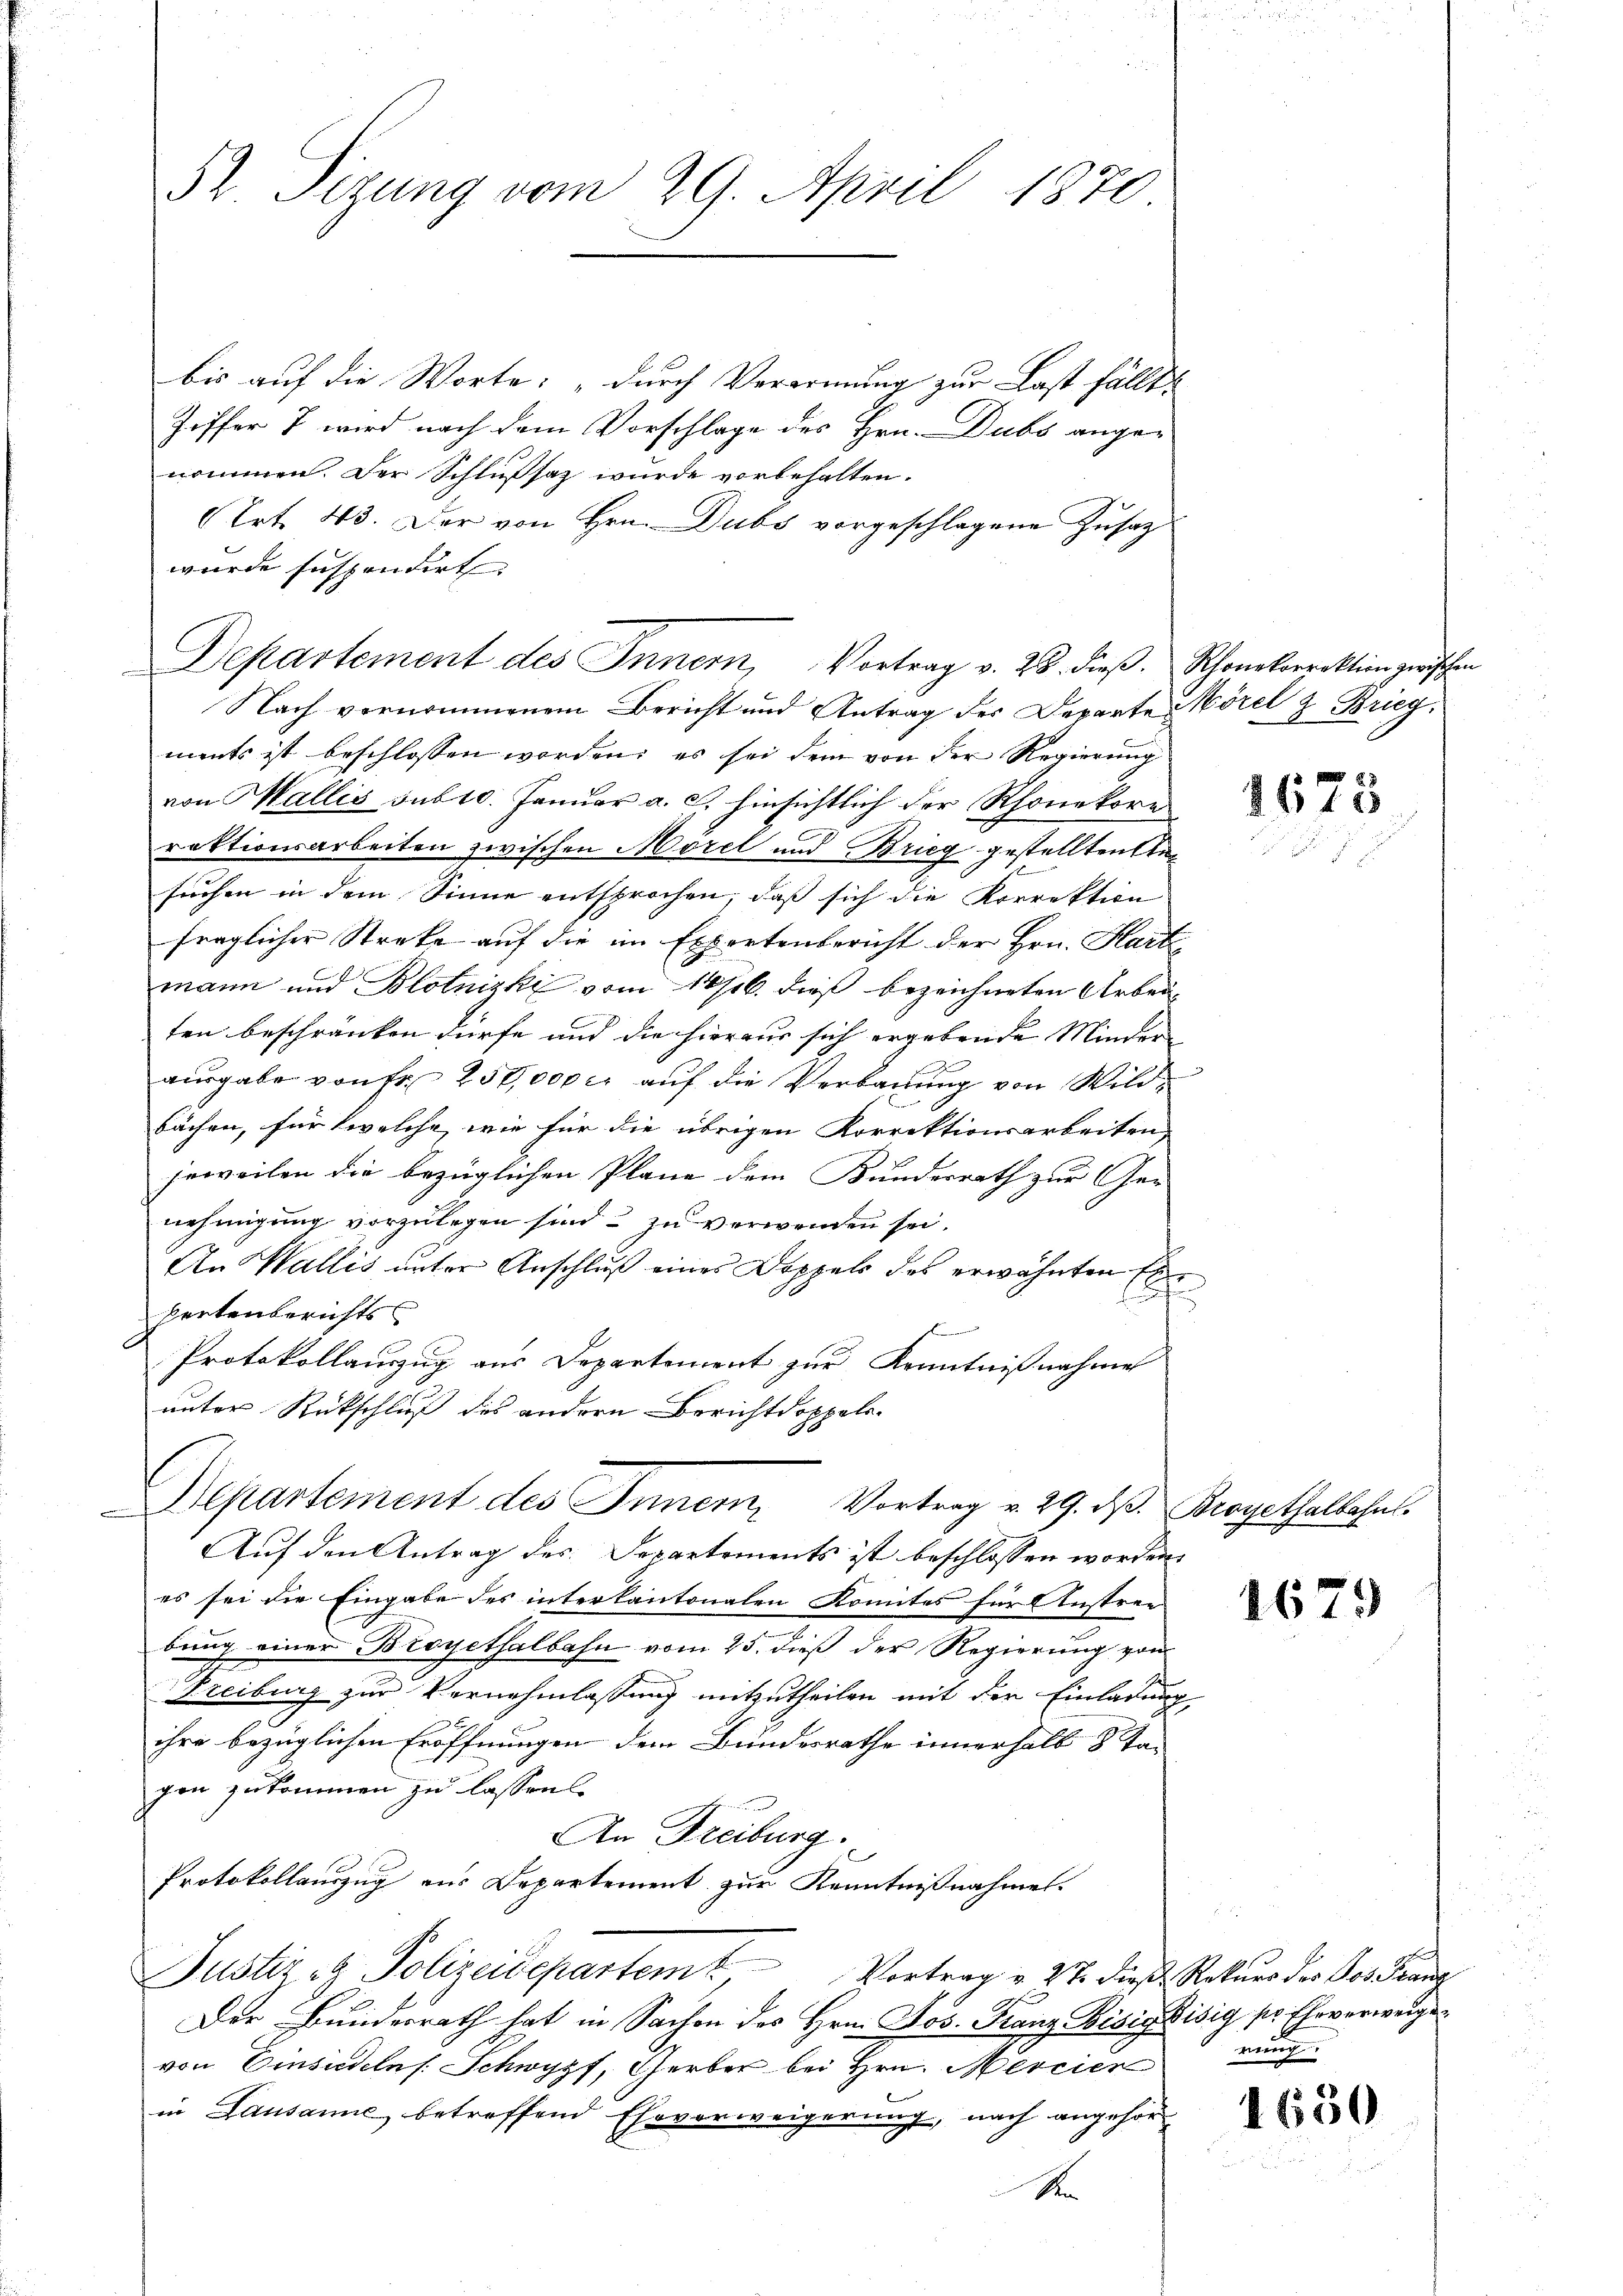
52 Sizung vom 29. April 1870

bis auf die Worte: „durch Verornung zur Last fällt.
Ziffer 7 wird nach dem Vorschlage des Hrn. Dubs angenommen. Der Schlußsatz wurde vorbehalten.
Trt. 43. Der von Hrn. Dubs vorgeschlagene Zusatz
wurde suspendirt.
Nach vernommenem Bericht und Antrag des Departe Morel & Brieg,
ments ist beschlossen worden; es sei dem von der Regierung
von Wallis sub 10. Januar a. c., hinsichtlich der Rhonekore
raktionsarbeiten zwischen Morel und Brieg gestellten Anfruchen in dem Sinne entsprochen, daß sich die Korrektion
fraglicher Streke auf die im Expertenbericht der Hrn. Hart
mann und Blotnizki vom 14/16. dieß bezeichneten Arbeiten beschränken dürfe und die hieraus sich ergebende Minder
ausgabe von Fr. 250,000 rl auf die Verbauung von Wildbächen, für welche, wie für die übrigen Korrektionsarbeiten,
jeweilen die bezüglichen Plane dem Kunderrath zur Ge-
nehmigung vorzulegen sind & zu verwenden sei.
An Wallis unter Anschluß eines Doppels des erwähnten Exf
E
Hertenberichts
Protokollauszug aus Departement zur Kenntnißnahme
unter Rückschluß des andern Bericht doppels-
Departement des Innern, Vortrag v. 29. ds. Brogethalbahnl
Auf den Antrag des Departements ist beschlossen worden.
es sei die Eingabe des interkantonalen Komites für Anstree
e
bung einer Broyethalbahn vom 25. dieß der Regierung von
Freiburg zur Vernehmlassung mitzutheilen mit der Einladung
ihre bezüglichen Eröffnungen dem Bundesrathe innerhalb 8 Ta
gen zukommen zu lassen.
An Freiburg.
Protokollauszug aus Departement zur Kenntnißnahmen.
Justiz- & Polizeidepartem Vortrag u. 27. dieß Rekŭrs der Pos Franz
Der Bundesrath hat in Sachen des Hrn. Jos. Franz Bisig Bisig ser Ehrverweigevon Einsiedelns. Schwypf, Gerber bei Hrn. Mercier nun
in Lausanne betreffend Eheverweigerung, nach angehör¬
R

Departement des Inner, Vortrag v. 28. dieβ. Schonetorrektion zwischen

1675

1679

1630